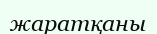
жаратқаны